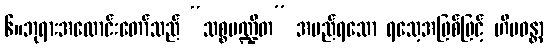
၆။ဘုရားအလောင်းတော်သည် “သစ္စပဏ္ဍိတ” အမည်ရသော ရသေ့အဖြစ်ဖြင့် ဟိမဝန္တာ